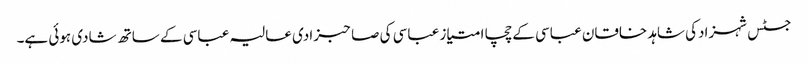
جسٹس شہزادکی شاہد خاقان عباسی کے چچا امتیاز عباسی کی صاحبزادی عالیہ عباسی کے ساتھ شادی ہوئی ہے۔